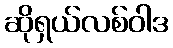
ဆိုရှယ်လစ်ဝါဒ